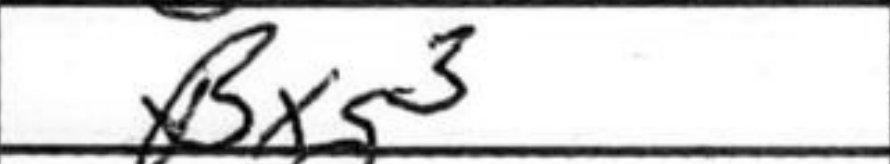
Transcription: Bxg3